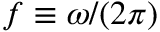
f \equiv \omega / ( 2 \pi )